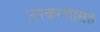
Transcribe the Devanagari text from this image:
उपकरणासह